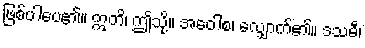
ဖြစ်ပါပေ၏။ ဣတိ၊ ဤသို့။ အဝေါစ၊ လျှောက်၏။ ဒသမီ၊